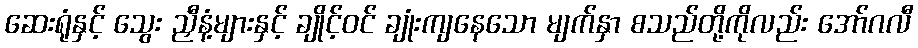
ဆေးရုံနှင့် သွေး ညှီနံ့များနှင့် ချိုင့်ဝင် ချုံးကျနေသော မျက်နှာ စသည်တို့ကိုလည်း အော်ဂလီ